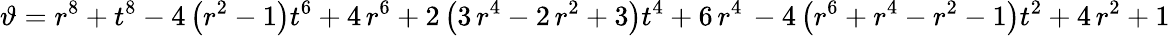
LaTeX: \vartheta=r^{8}+t^{8}-4\, {\left(r^{2}-1\right)}t^{6}+4\, r^{6}+2\, {\left(3\, r^{4}-2\, r^{2}+3\right)}t^{4}+6\, r^{4}\, -4\, {\left(r^{6}+r^{4}-r^{2}-1\right)}t^{2}+4\, r^{2}+1